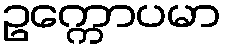
ဥက္ကောပမာ